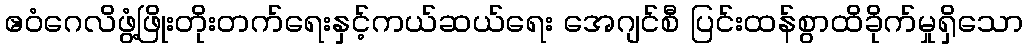
ဧဝံဂေလိဖွံ့ဖြိုးတိုးတက်ရေးနှင့်ကယ်ဆယ်ရေး အေဂျင်စီ ပြင်းထန်စွာထိခိုက်မှုရှိသော